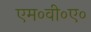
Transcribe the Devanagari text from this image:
एम०वी०ए०